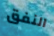
النفق